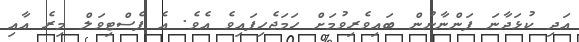
އަދި ކުޅަދާނަ ފަންނާނުން ބައިވެރިވުމަށް ހަމަޖެހިފައިވެ އެވެ. އެ ފެސްޓިވަލް މިރެ އާއި